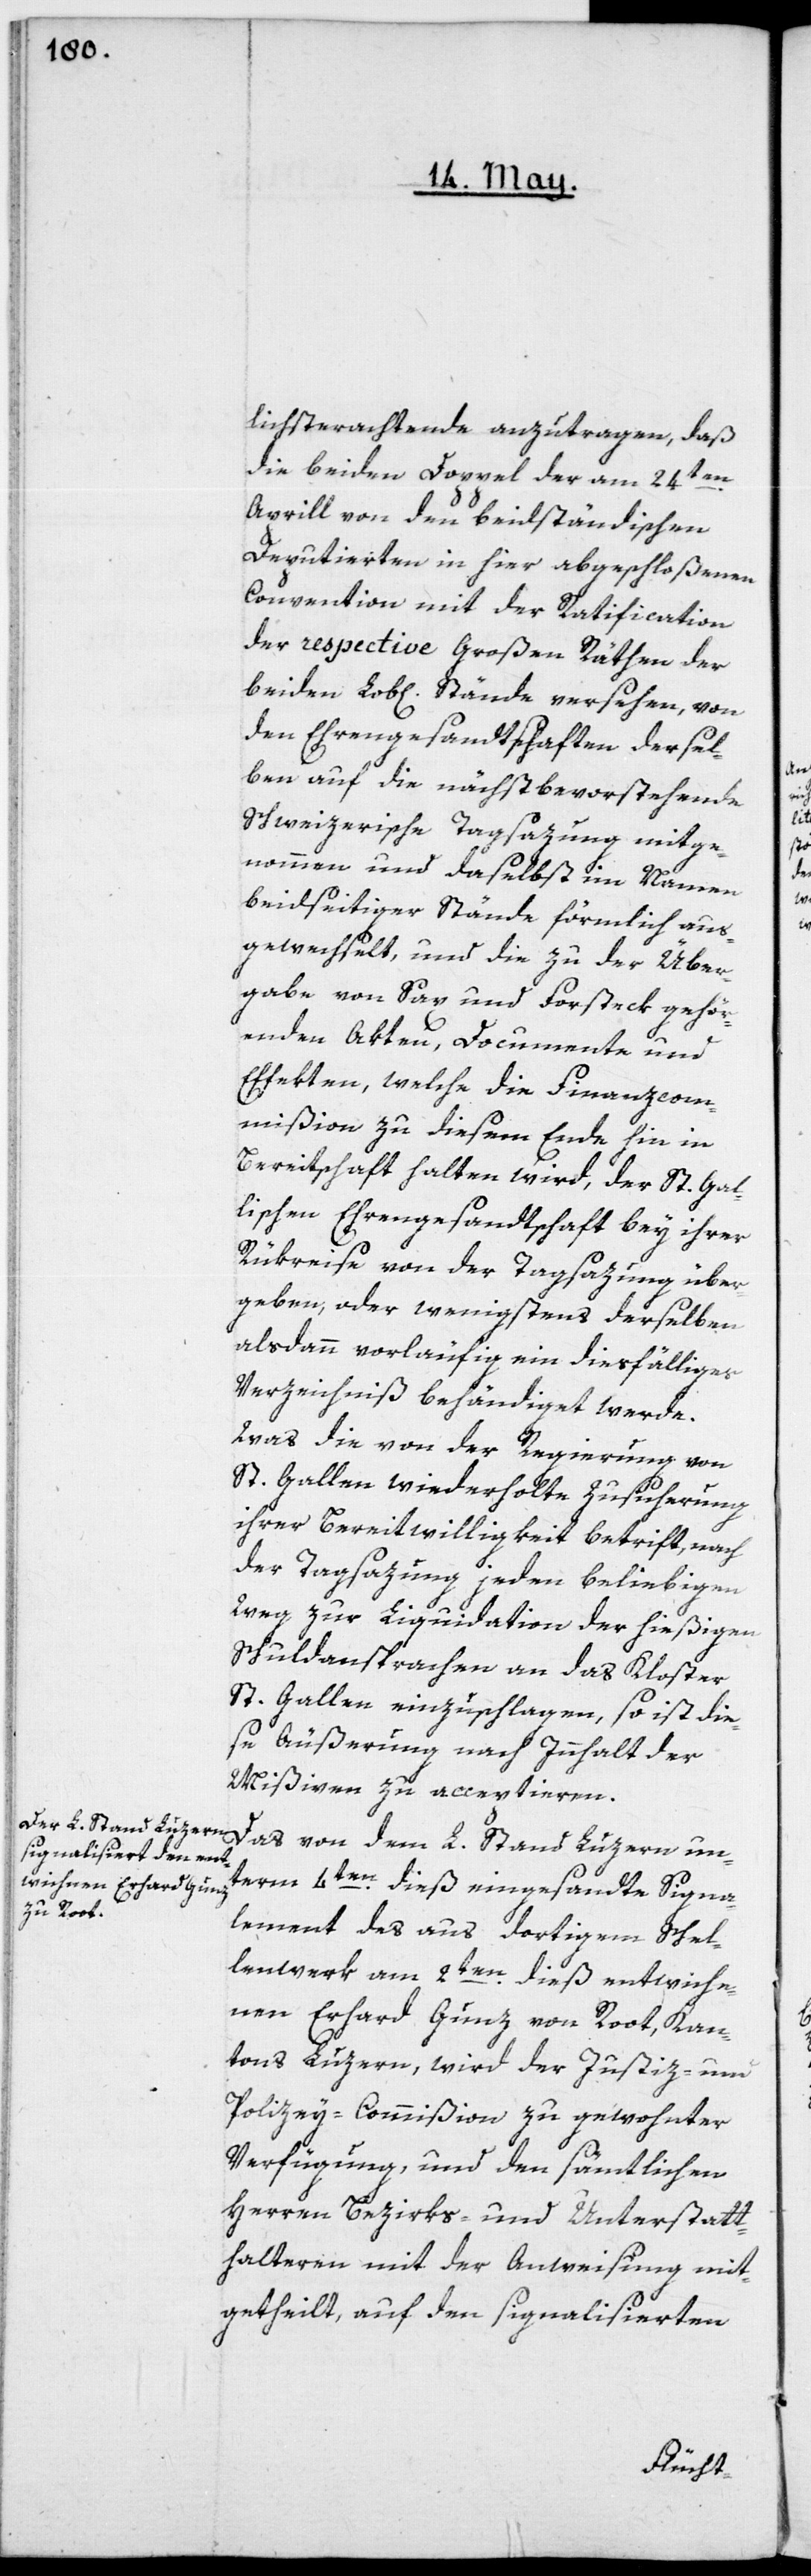
lichst erachtende anzutragen, daß
die beiden Doppel der am 24ten
Aprill von den beidständischen
Deputierten in hier abgeschloßenen
Convention mit der Ratification
der respective Großen Räthen der
beiden Lob[lichen] Stände versehen, von
den Ehrengesandtschaften dersel¬
ben auf die nächstbevorstehende
schweizerische Tagsazung mitge¬
nommen und daselbst im Namen
beidseitiger Stände förmlich aus¬
gewechselt, und die zu der Über¬
gabe von Sax und Forsteck gehör¬
enden Akten, Documente und
Effekten, welche die Finanzcom¬
mißion zu diesem Ende hin in
Bereitschaft halten wird, der St. Gal¬
lischen Ehrengesandtschaft bey ihrer
Rükreise von der Tagsazung über¬
geben, oder wenigstens derselben
alsdann vorläufig ein diesfälliges
Verzeichnis behändiget werde.
Was die von der Regierung von
St. Gallen wiederholte Zusicherung
ihrer Bereitwilligkeit betrift, nach
der Tagsazung jeden beliebigen
Weg zur Liquidation der hießigen
Schuldansprachen an das Kloster
St. Gallen einzuschlagen, so ist die¬
se Äußerung nach Innhalt der
Mißiven zu acceptieren.
Das von dem L. Stand Luzern un¬
term 4ten dieß eingesandte Signa¬
lement des aus dortigem Schel¬
lenwerk am 2ten dieß entwiche¬
nen Erhard Gunz von Root, Kan¬
tons Luzern, wird der Justiz- und
Polizey-Commißion zu gewohnter
Verfügung, und den sämtlichen
Herren Bezirks- und Unterstatt¬
halteren mit der Anweisung mit¬
getheilt, auf den signalisierten